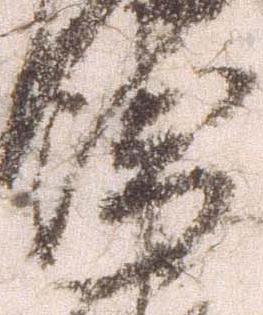
衛